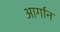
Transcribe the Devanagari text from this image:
आर्गान